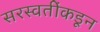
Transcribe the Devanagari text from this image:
सरस्वतींकडून